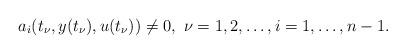
LaTeX: \begin{align*}a_{i}(t_{\nu},y(t_{\nu}),u(t_{\nu}))\neq0,\,\,\nu=1,2,\ldots,i=1,\ldots,n-1.\end{align*}